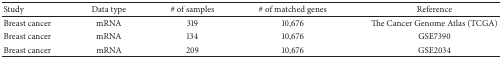
| Study | Data type | # of samples | # of matched genes | Reference |
 | --- | --- | --- | --- | --- |
 | Breast cancer | mRNA | 319 | 10,676 | The Cancer Genome Atlas (TCGA) |
 | Breast cancer | mRNA | 134 | 10,676 | GSE7390 |
 | Breast cancer | mRNA | 209 | 10,676 | GSE2034 |